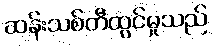
ဆန်းသစ်တီထွင်မှုသည်